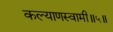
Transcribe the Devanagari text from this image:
कल्याणस्वामी॥५॥